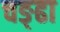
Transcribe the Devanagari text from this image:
चङ्ढा